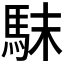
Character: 𩢖